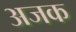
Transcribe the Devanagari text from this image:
अजक